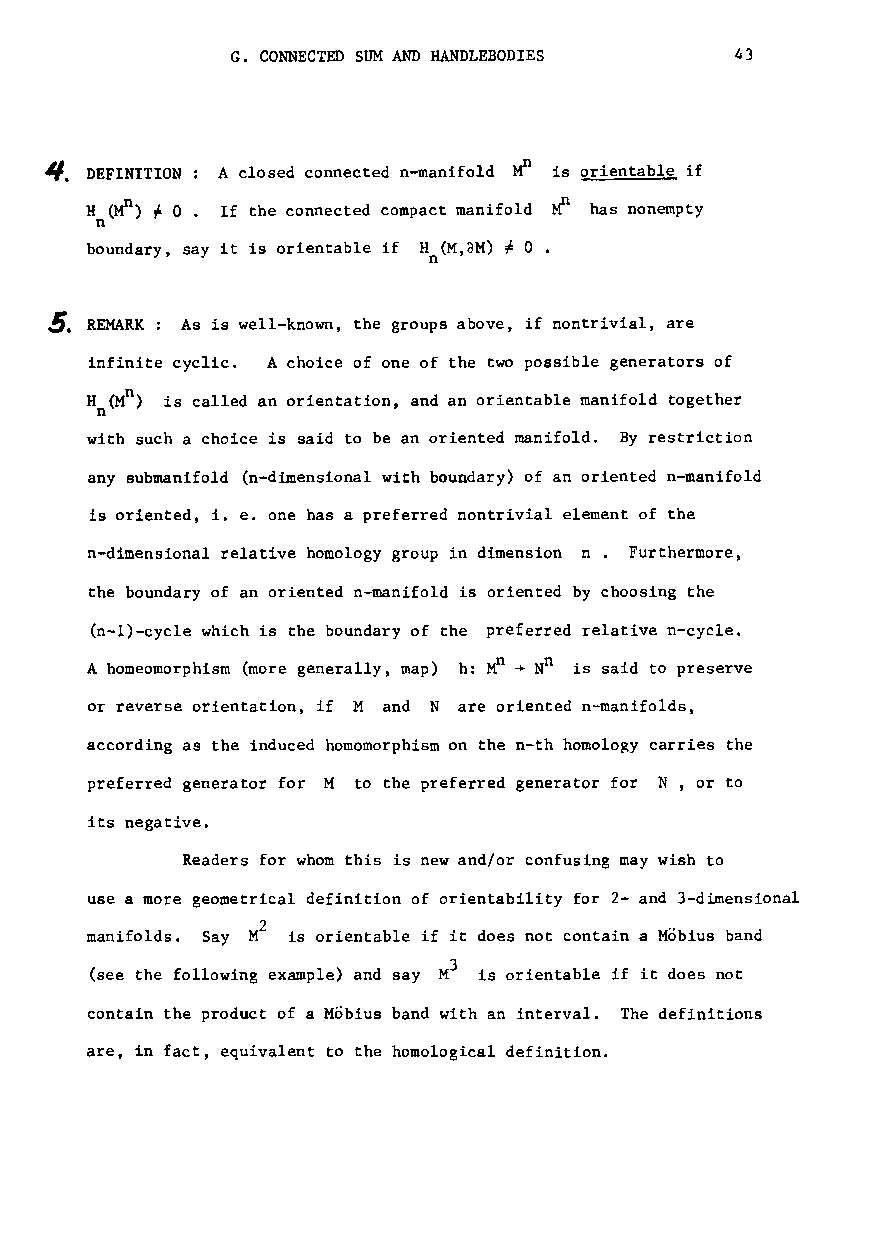
G. CONNECTED SUM AND HANDLEBODIES 43
 4. DEFINITION A closed connected n-manifold Mn is orientable if
 H (Mn ) 1= 0 If the connected compact manifold ~ has nonempty
 n
 boundary, say it is orientable if Hn(M,dM) 1= 0 •
 ~. REMARK: As is well-known, the groups above, if nontrivial, are
 infinite cyclic. A choice of one of the two possible generators of
 n
 H (M ) is called an orientation, and an orientable manifold together
 n
 with such a choice is said to be an oriented manifold. By restriction
 any submanifold (n-dimensional with boundary) of an oriented n-manifold
 is oriented, i. e. one has a preferred nontrivial element of the
 n-dimensional relative homology group in dimension n. Furthermore,
 the boundary of an oriented n-manifold is oriented by choosing the
 (n-l)-cycle which is the boundary of the preferred relative n-cycle.
 Ahomeomorphism (more generally, map) h: Mn ~ ND is said to preserve
 or reverse orientation, if M and N are oriented n-manifolds,
 according as the induced homomorphism on the n-th homology carries the
 preferred generator for M to the preferred generator for N, or to
 its negative.
 Readers for whom this is new and/or confusing may wish to
 use a more geometrical definition of orientability for 2- and 3-dimensional
 manifolds. Say is orientable if it does not contain a Mobius band
 3
 (see the following example) and say M is orientable if it does not
 contain the product of a Mobius band with an interval. The definitions
 are, in fact, equivalent to the homological definition.